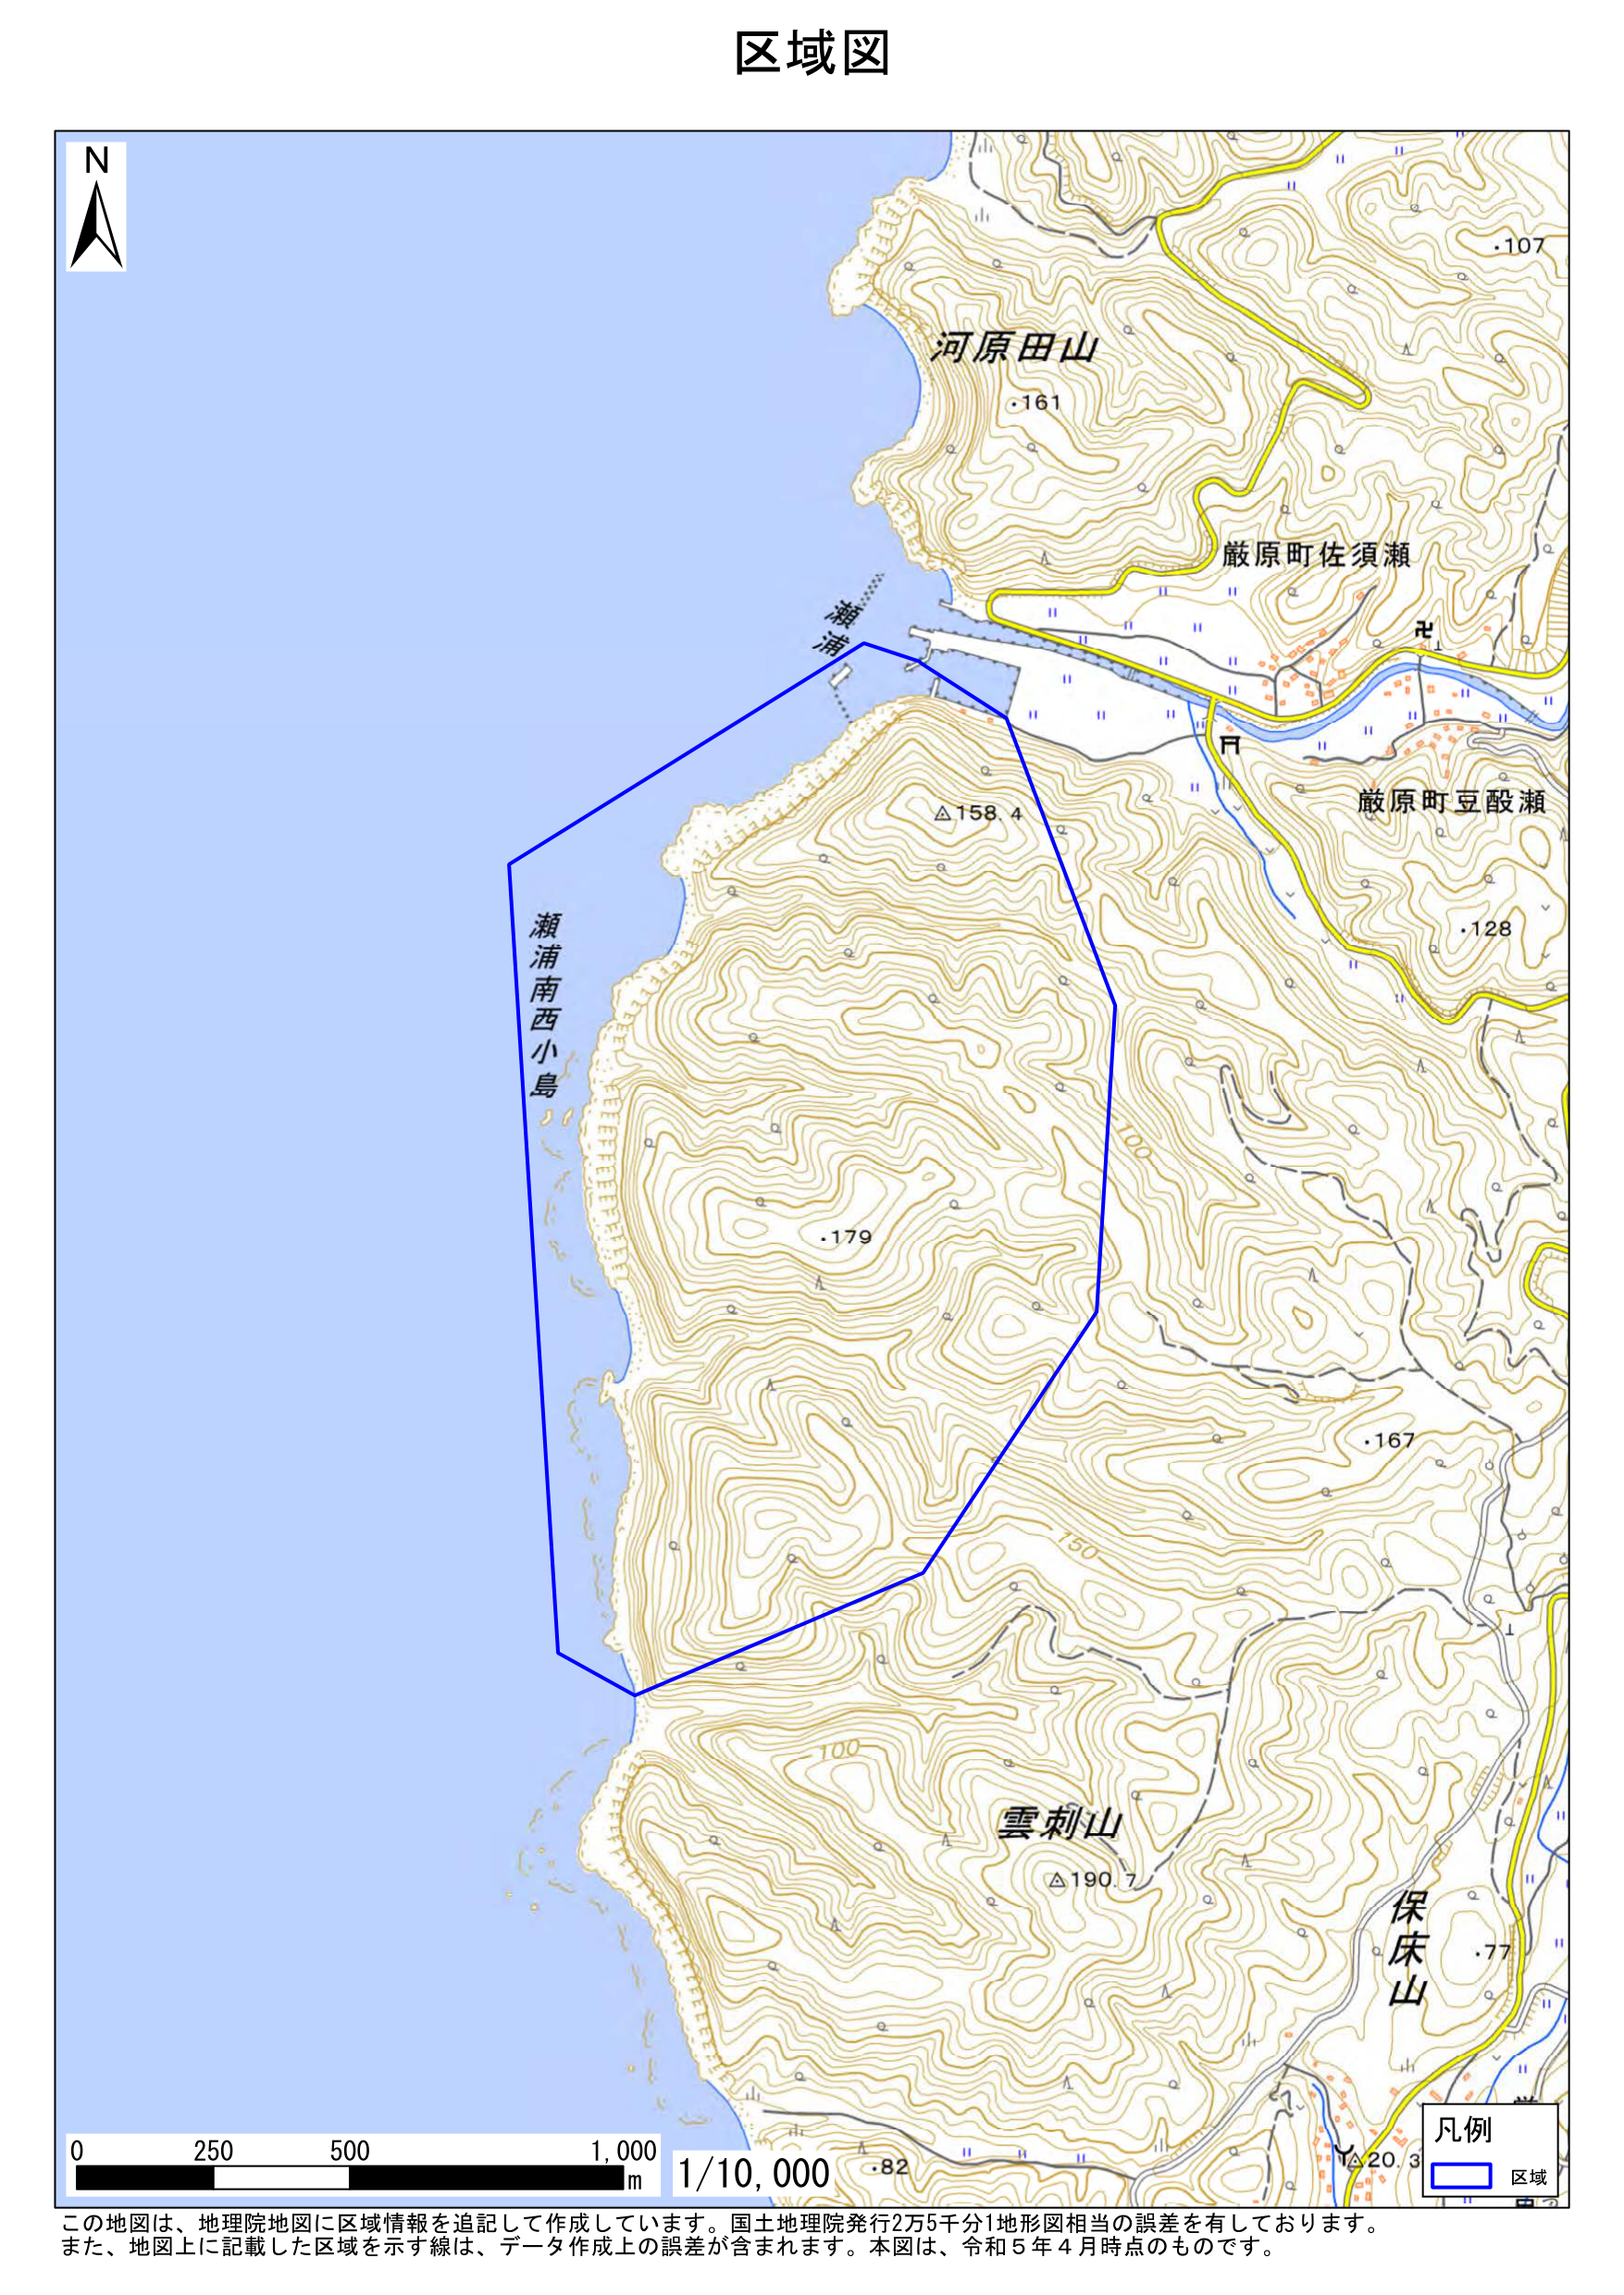
区域図

N

河原田山
・161

厳原町佐須瀬

瀬浦

厳原町豆酘瀬
・128

△158.4

・179

瀬浦南西小島

・167

雲刺山
△190.7

保床山
・77

凡例
□ 区域

0 250 500 1,000 m 1/10,000

この地図は、地理院地図に区域情報を追記して作成しています。国土地理院発行2万5千分1地形図相当の誤差を有しております。
また、地図上に記載した区域を示す線は、データ作成上の誤差が含まれます。本図は、令和5年4月時点のものです。